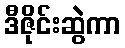
ဒီဇိုင်းဆွဲကာ